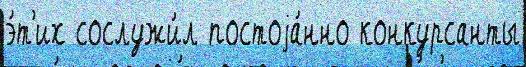
э́т'их сослужи́л постоjа́нно конкурсанты